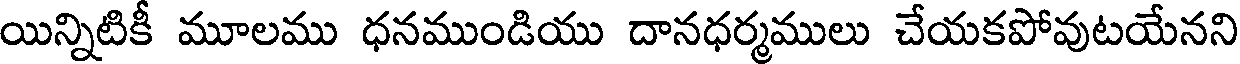
యిన్నిటికీ మూలము ధనముండియు దానధర్మములు చేయకపోవుటయేనని